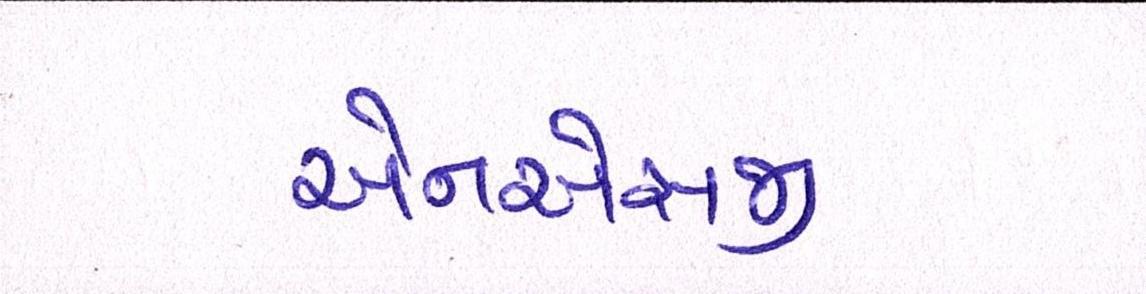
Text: એનએસજી